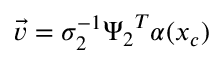
\Vec { v } = \sigma _ { 2 } ^ { - 1 } { \Psi _ { 2 } } ^ { T } \alpha ( x _ { c } )